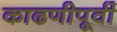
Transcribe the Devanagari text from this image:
काढणीपूर्वी